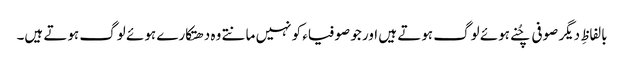
بالفاظِ دیگر صوفی چُنے ہوئے لوگ ہوتے ہیں اور جو صوفیاء کو نہیں مانتے وہ دھتکارے ہوئے لوگ ہوتے ہیں۔